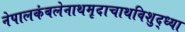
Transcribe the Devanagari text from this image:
नेपालकंबलेनाथमृदाचाथविशुद्ध्या